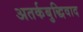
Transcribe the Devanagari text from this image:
अतर्कबुद्धिवाद